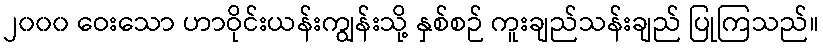
၂၀၀၀ ဝေးသော ဟာဝိုင်းယန်းကျွန်းသို့ နှစ်စဉ် ကူးချည်သန်းချည် ပြုကြသည်။